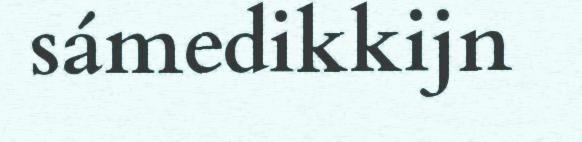
sámedikkijn